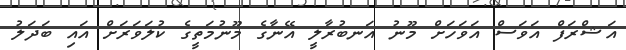
އަޝްރަފް އަވަސް އަވަހަށް މޫނު އަނބުރާލީ އޭނާގެ މޫނުމަތީގެ ކުލަވަރަށް އައި ބަދަލު